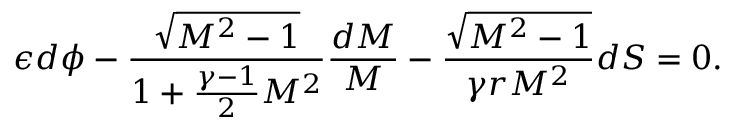
\epsilon d \phi - \frac { \sqrt { M ^ { 2 } - 1 } } { 1 + \frac { \gamma - 1 } { 2 } M ^ { 2 } } \frac { d M } { M } - \frac { \sqrt { M ^ { 2 } - 1 } } { \gamma r M ^ { 2 } } d S = 0 .